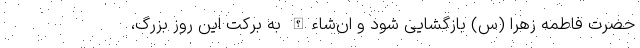
حضرت فاطمه زهرا (س) بازگشایی شود و ان‌شاءالله به برکت این روز بزرگ،